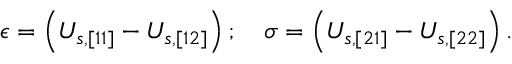
\epsilon = \left( U _ { s , [ 1 1 ] } - U _ { s , [ 1 2 ] } \right) ; \quad \sigma = \left( U _ { s , [ 2 1 ] } - U _ { s , [ 2 2 ] } \right) .